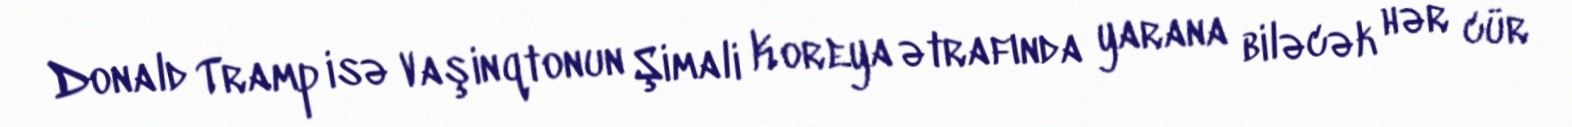
Donald Tramp isə Vaşinqtonun Şimali Koreya ətrafında yarana biləcək hər cür